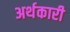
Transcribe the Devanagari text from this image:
अर्थकारी